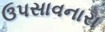
ઉપસાવનારા